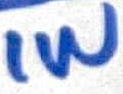
Text: 1W